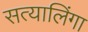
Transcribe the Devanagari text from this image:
सत्यालिंगा